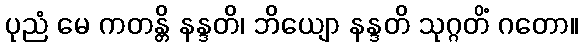
ပုညံ မေ ကတန္တိ နန္ဒတိ၊ ဘိယျော နန္ဒတိ သုဂ္ဂတိံ ဂတော။